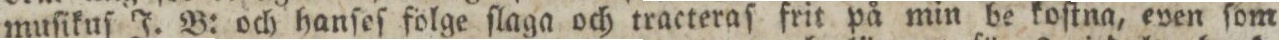
muſikuſ J. B: och hanſeſ fölge ſlaga och tracteraſ frit på min be koſtna, even ſom